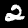
Label: 2